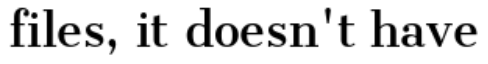
files, it doesn't have